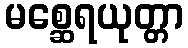
မစ္ဆေရယုတ္တာ